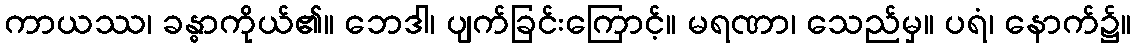
ကာယဿ၊ ခန္ဓာကိုယ်၏။ ဘေဒါ၊ ပျက်ခြင်းကြောင့်။ မရဏာ၊ သေည်မှ။ ပရံ၊ နောက်၌။